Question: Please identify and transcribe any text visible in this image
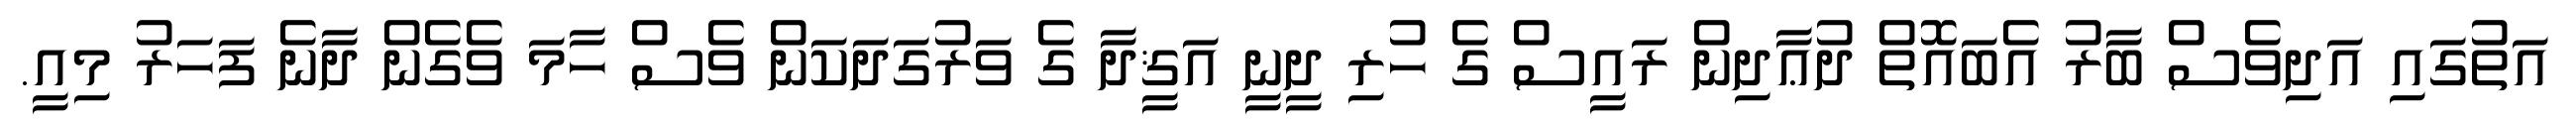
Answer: އަތުގައި އަދިވެސް ބާރު އެބައޮތް ދުޢާދިން ރައީސް ގެ ހުރި ދީނީ އަޤީދާ ގެ ވަރުގަދަކަން ވެސް ހާމަ ވެގެން ދާނެ ފަހަރު މިއީ.